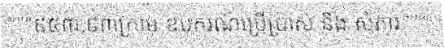
"""៩៥៣,៩៣ក្រាម ឧបករណ៍ប្រើប្រាស់ និង សំភារៈ"""